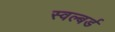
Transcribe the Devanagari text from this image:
स्वल्बर्ड